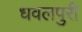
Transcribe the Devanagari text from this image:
धवलपुरी